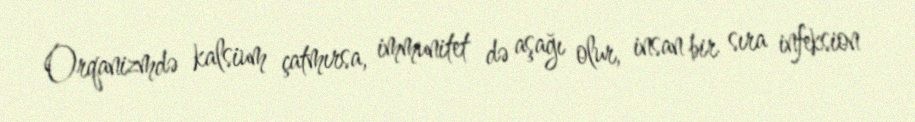
Orqanizmdə kalsium çatmırsa, immunitet də aşağı olur, insan bir sıra infeksion